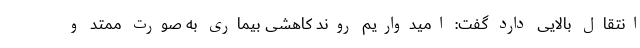
انتقال بالایی دارد گفت: امیدواریم روند کاهشی بیماری به صورت ممتد و